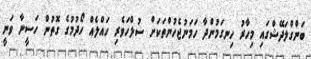
ބަންގްލަދޭޝްގައި މިހާރު ހިނގަމުންދާ ހަމަނުޖެހުންތަކަށް ސުލްހަވެރި ހައްލެއް ހޯދުމުގެ ގޮތުން ހަސީނާ ވަނީ